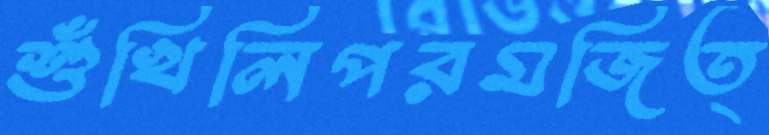
শুঁখিলিপরমজিত্